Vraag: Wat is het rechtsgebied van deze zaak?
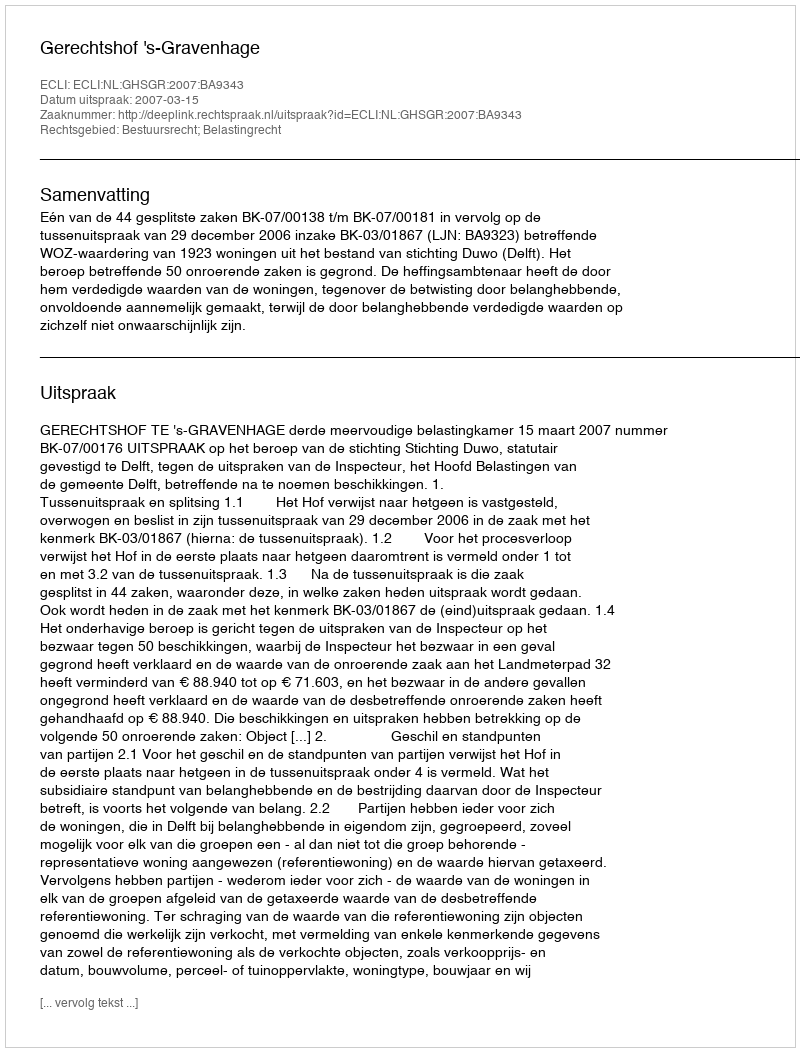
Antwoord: Bestuursrecht; Belastingrecht